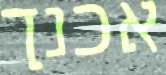
אכנך